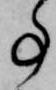
事